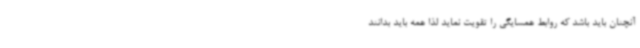
آنچنان باید باشد که روابط همسایگی را تقویت نماید لذا همه باید بدانند